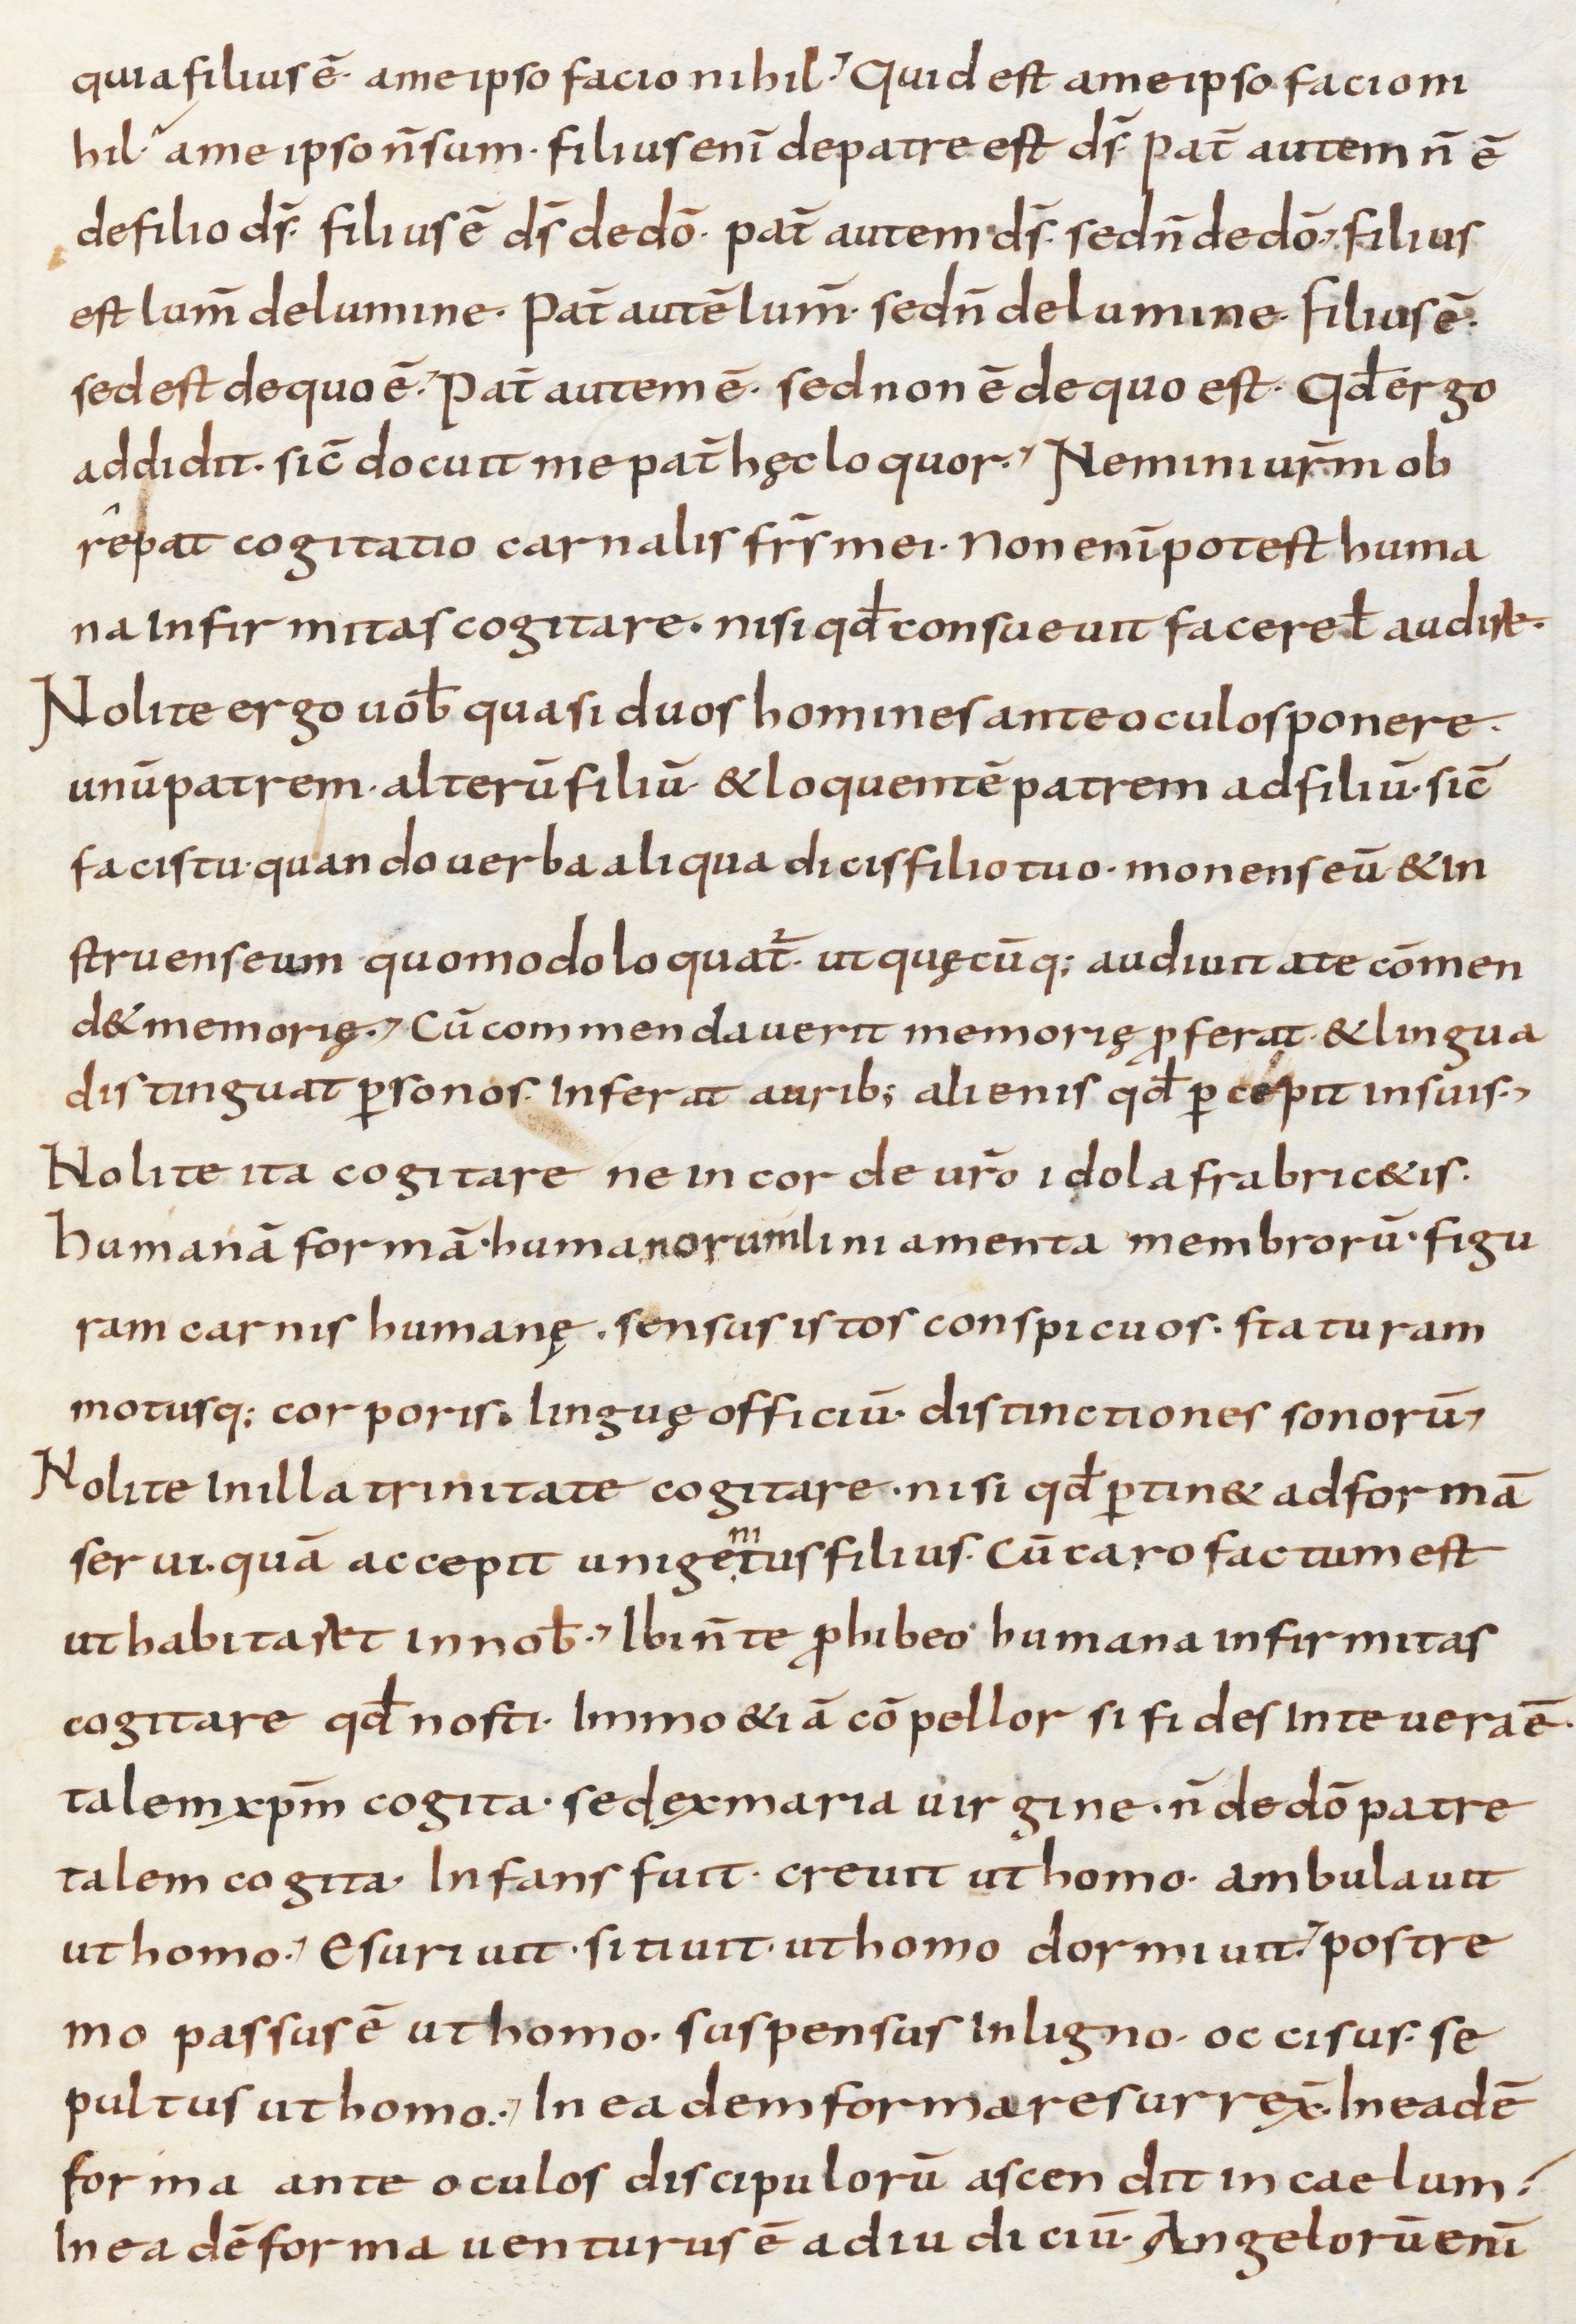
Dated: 800–899